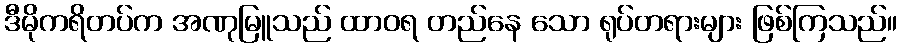
ဒီမိုကရိတပ်က အဏုမြူသည် ထာဝရ တည်နေ သော ရုပ်တရားများ ဖြစ်ကြသည်။